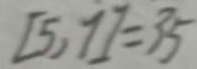
[ 5 , 7 ] = 3 5